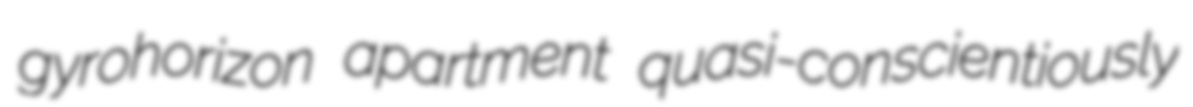
gyrohorizon apartment quasi-conscientiously